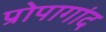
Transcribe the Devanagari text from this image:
प्रोपागांद